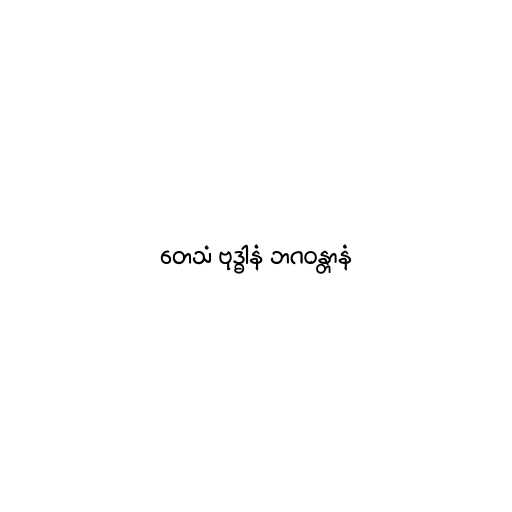
တေသံ ဗုဒ္ဓါနံ ဘဂဝန္တာနံ